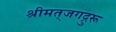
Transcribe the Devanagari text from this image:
श्रीमत्‌जगद्गुरू